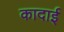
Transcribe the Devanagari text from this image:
कादाई